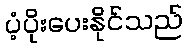
ပံ့ပိုးပေးနိုင်သည်